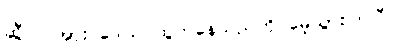
ဆွီလင်အား ဒေါသ ထွက်နေသည်ကို မေ့သွားကြပြီ။